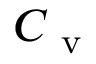
C _ { \mathrm { ~ v ~ } }